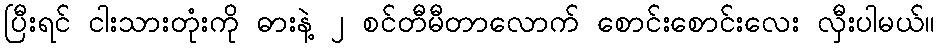
ပြီးရင် ငါးသားတုံးကို ဓားနဲ့ ၂ စင်တီမီတာလောက် စောင်းစောင်းလေး လှီးပါမယ်။